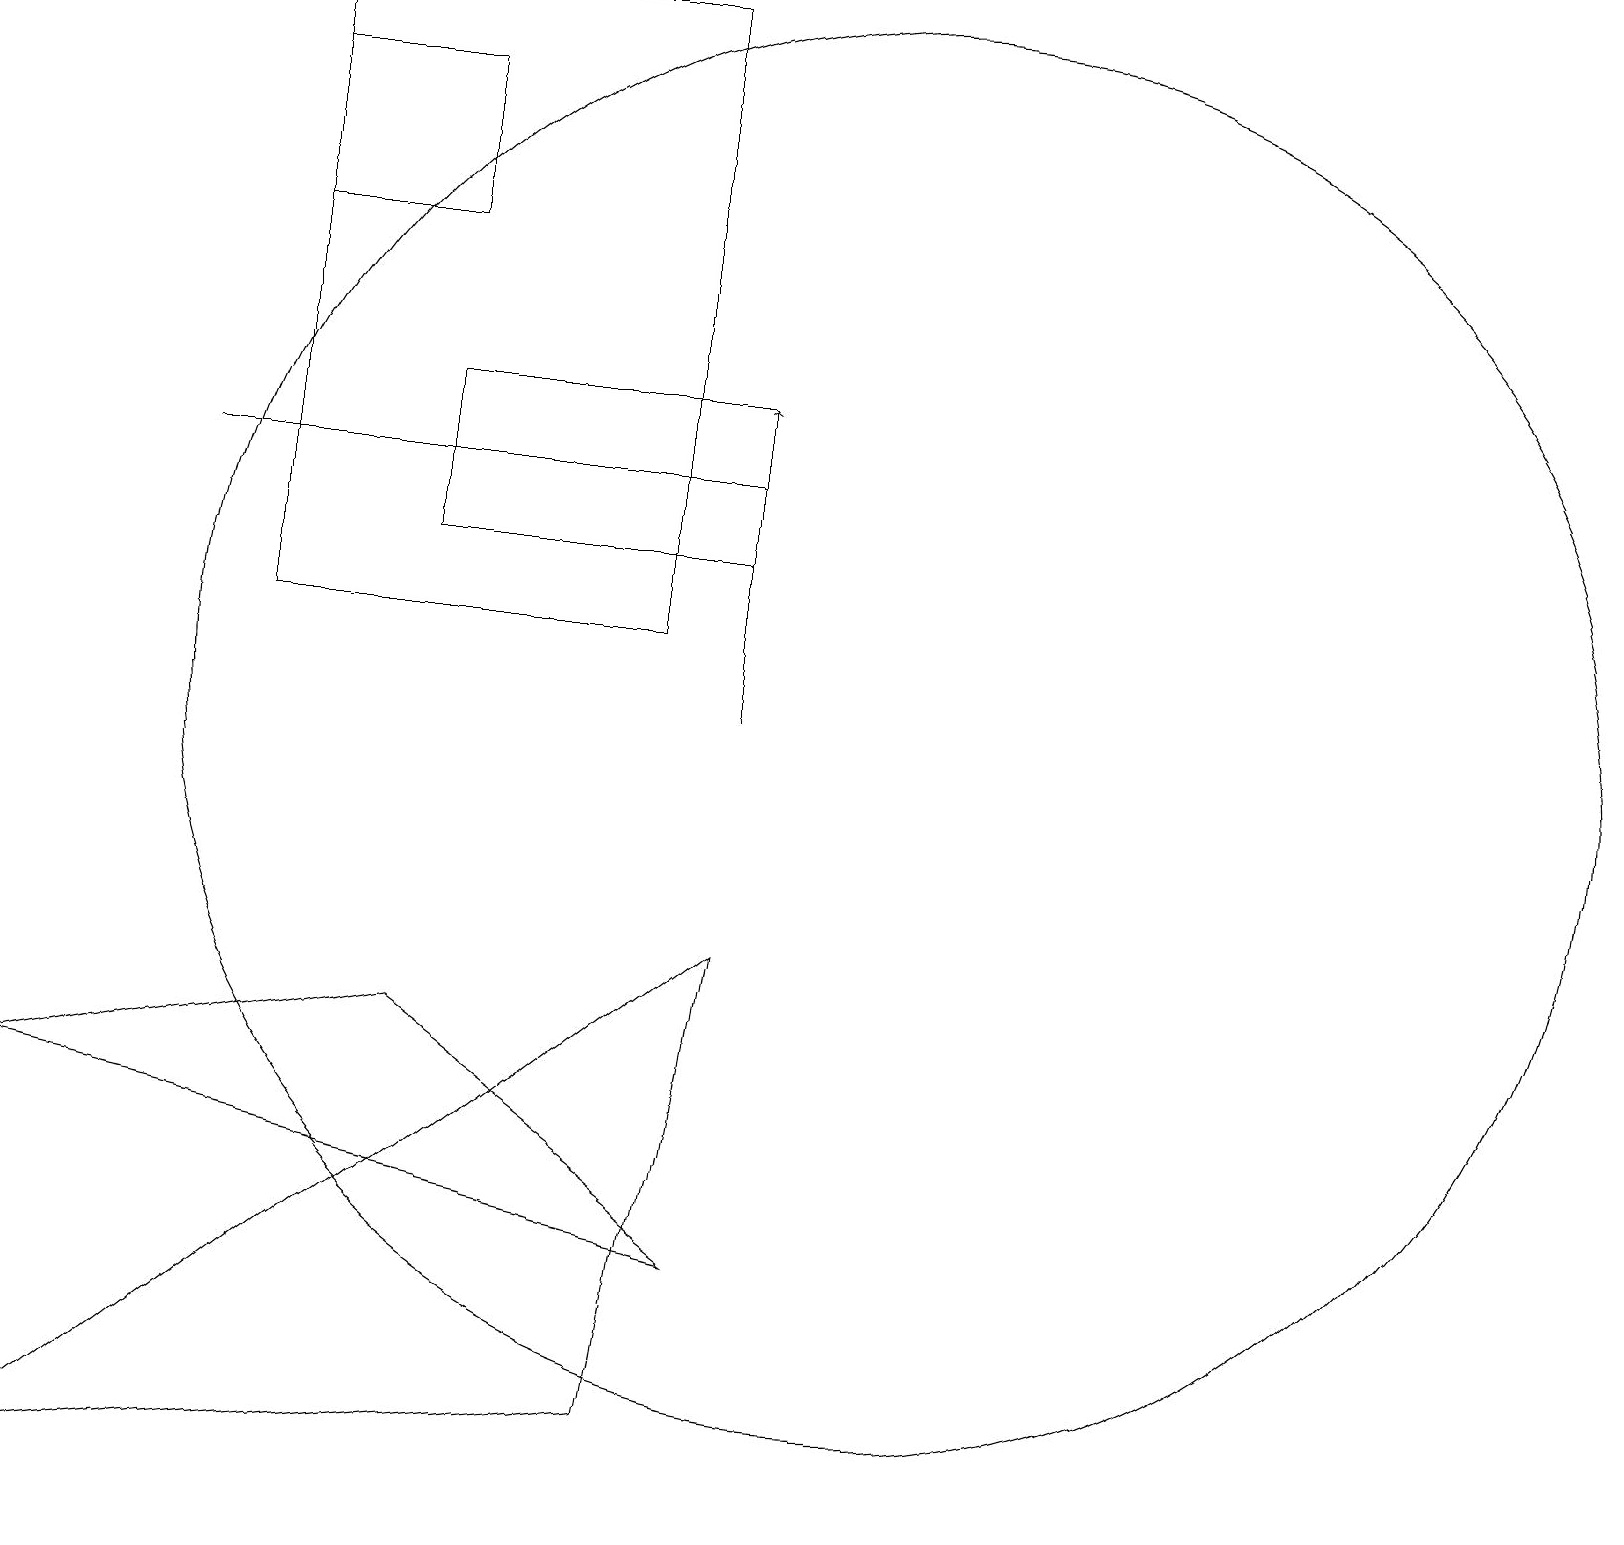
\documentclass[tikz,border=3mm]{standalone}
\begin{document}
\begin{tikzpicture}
\draw (3,18) rectangle (5,16);
\draw (8,1) -- (9,7) -- (0,0) -- cycle;
\draw[->] (9,10) -- (9,14);
\draw (0,5) -- (9,3) -- (5,6) -- cycle;
\draw (9,13) rectangle (2,13);
\draw (5,14) rectangle (9,12);
\draw (8,19) rectangle (3,11);
\draw (11,10) circle (9);
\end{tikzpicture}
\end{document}